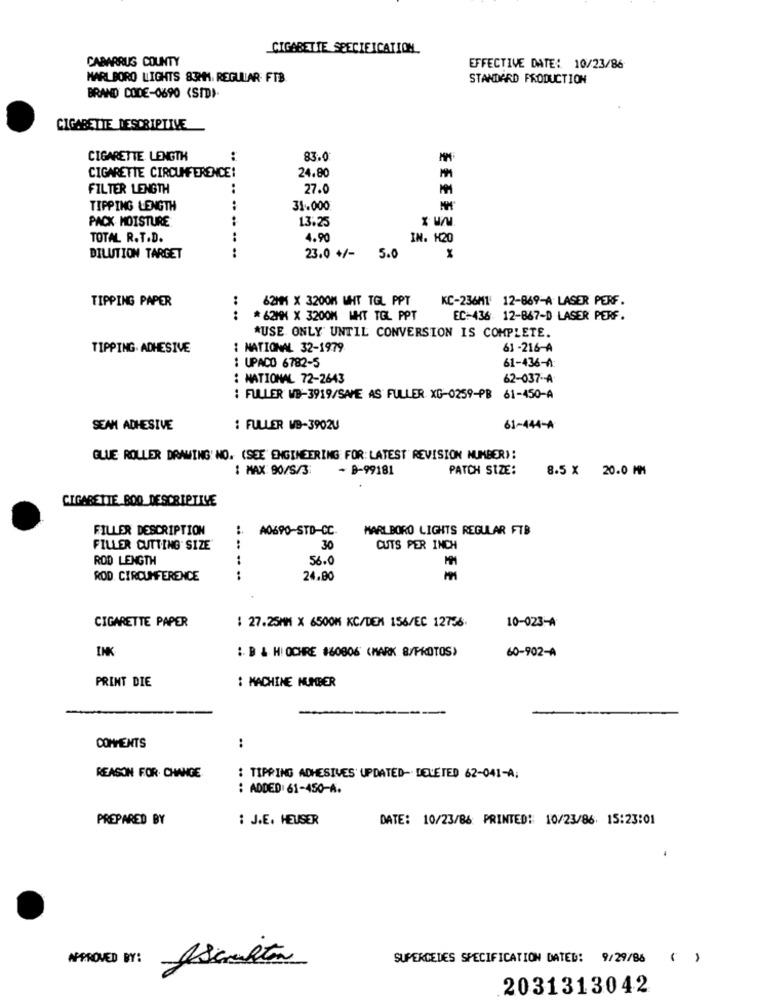
CIGARETTE SPECIFICATION
CABARRUS COUNTY
EFFECTIVE DATE: 10/23/86
MARLBORO LIGHTS 83MM. REGULAR FTB
STANDARD PRODUCTION
BRAND CODE-0690 <SIDI-
CIGARETTE DESCRIPTIVE
CIGARETTE LENGTH
83.0
CIGARETTE CIRCUMFERENCE:
24.80
FILTER LENGTH
..
27.0
TIPPING LENGTH
31.000
PACK MOISTURE
13.25
..
TOTAL R.T.D.
..
4.90
IN. H20
EEEEZO
DILUTION TARGET
..
23.0 +/- 5.0
TIPPING PAPER
62MM X 3200M WHT TGL PPT
KC-236M1 12-869-A LASER PERF.
....
* 62MM X 3200M WHT TGL PPT
EC:436: 12-867-D LASER PERF.
*USE ONLY UNTIL CONVERSION IS COMPLETE.
TIPPING. ADHESIVE
: NATIONAL 32-1979
61 -216-A
: UPACO 6782-5
61-436-A:
: NATIONAL 72-2643
62-037 -- A
: FULLER WB-3919/SAME AS FULLER XG-0259-PB 61-450-A
SEAN ADHESIVE
: FULLER WB-3902U
61-444-A
GLUE ROLLER DRAWING: NO. (SEE' ENGINEERING FOR: LATEST REVISION NUMBER):
: MAX: 90/5/3:
- B-99181
PATCH SIZE:
8.5 x 20.0 MM
CIGARETTE BOO DESCRIPTIVE
FILLER DESCRIPTION
A0690-STD-CC.
MARLBORO LIGHTS REGULAR FTB
FILLER CUTTING SIZE"
....
30
CUTS PER INCH
ROD LENGTH
56.0
ROD. CIRCUMFERENCE
.. ..
24.80
SEE
CIGARETTE PAPER
: 27.25MM X 6500M KC/DEM 156/EC 12756.
10-023-A
INK
: B & HI OCHRE #60806 (MARK 8/PROTOS)
60-902-A
PRINT DIE
: MACHINE NUMBER
COMMENTS
:
REASON FOR. CHANGE
: TIPPING ADHESIVES UPDATED- DELETED 62-041-A.
: ADDED 61-450-4.
PREPARED BY
: J.E. HEUSER
DATE: 10/23/86 PRINTED: 10/23/86. 15:23:01
APPROVED BY:
Iscriton
SUPERCEDES SPECIFICATION DATED: 9/29/86 ( )
2031313042